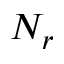
N _ { r }